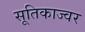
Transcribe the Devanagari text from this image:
सूतिकाज्वर